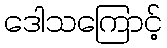
ဒေါသကြောင့်